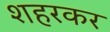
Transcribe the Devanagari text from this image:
शहरकर